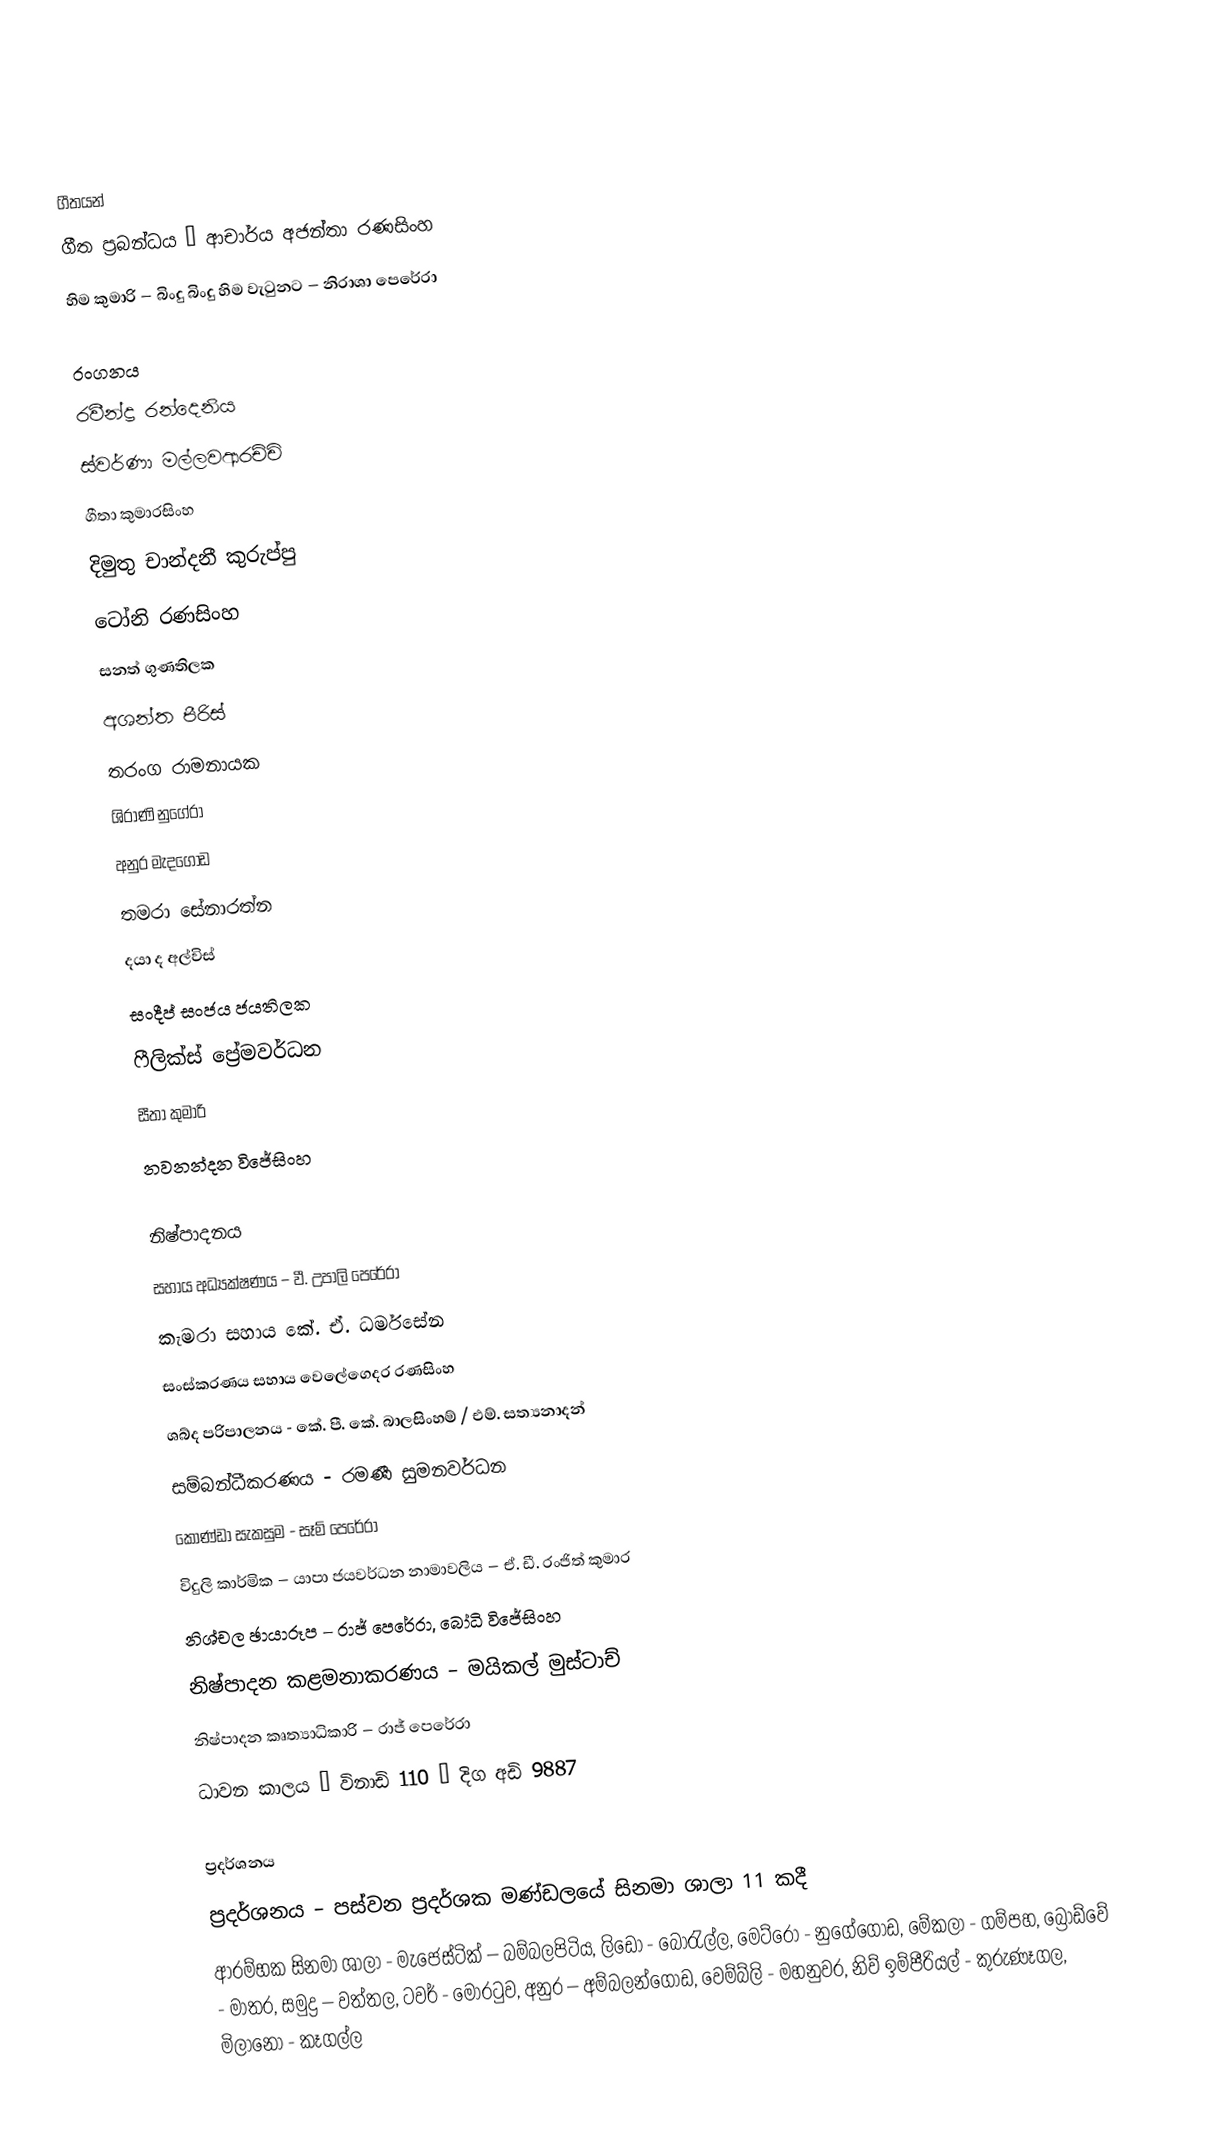

ගීතයන්
ගීත ප්‍රබන්ධය – ආචාර්ය අජන්තා රණසිංහ
හිම කුමාරි – බිංදු බිංදු හිම වැටුනට – නිරාශා පෙරේරා

රංගනය
රවීන්ද්‍ර රන්දෙනිය
ස්වර්ණා මල්ලවආරච්චි
ගීතා කුමාරසිංහ
දිමුතු චාන්දනී කුරුප්පු
ටෝනි රණසිංහ
සනත් ගුණතිලක
අශන්ත පීරිස්
තරංග රාමනායක
ශිරාණි නුගේරා
අනුර මැදගොඩ
තමරා සේනාරත්න
දයා ද අල්විස්
සංදීප් සංජය ජයතිලක
ෆීලික්ස් ප්‍රේමවර්ධන
සීතා කුමාරි
නවනන්දන විජේසිංහ

නිෂ්පාදනය
සහාය අධ්‍යක්ෂණය – වී. උපාලි පෙරේරා
කැමරා සහාය කේ. ඒ. ධර්මසේන
සංස්කරණය සහාය වෙලේගෙදර රණසිංහ
ශබ්ද පරිපාලනය - කේ. පී. කේ. බාලසිංහම් / එම්. සත්‍යනාදන්
සම්බන්ධීකරණය - රමණී සුමනවර්ධන
කොණ්ඩා සැකසුම - සෑම් පෙරේරා
විදුලි කාර්මික – යාපා ජයවර්ධන නාමාවලිය – ඒ. ඩී. රංජිත් කුමාර
නිශ්චල ඡායාරූප – රාජ් පෙරේරා, බෝධි විජේසිංහ
නිෂ්පාදන කළමනාකරණය – මයිකල් මුස්ටාච්
නිෂ්පාදන කෘත්‍යාධිකාරි – රාජ් පෙරේරා
ධාවන කාලය – විනාඩි 110 – දිග අඩි 9887

ප්‍රදර්ශනය
ප්‍රදර්ශනය – පස්වන ප්‍රදර්ශක මණ්ඩලයේ සිනමා ශාලා 11 කදී
ආරම්භක සිනමා ශාලා - මැජෙස්ටික් – බම්බලපිටිය, ලිඩෝ - බොරැල්ල, මෙට්රෝ - නුගේගොඩ, මේකලා - ගම්පහ, බ්‍රෝඩ්වේ - මාතර, සමුද්‍ර – වත්තල, ටවර් - මොරටුව, අනුර – අම්බලන්ගොඩ, වෙම්බ්ලි - මහනුවර, නිව් ඉම්පීරියල් - කුරුණෑගල, මිලානෝ - කෑගල්ල